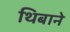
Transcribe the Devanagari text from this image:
थिबाने